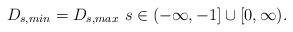
LaTeX: \begin{align*}D_{s,min} = D_{s,max} \, \, s \in (-\infty,-1] \cup [0,\infty). \end{align*}